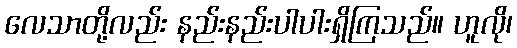
လေသာတို့လည်း နည်းနည်းပါပါးရှိကြသည်။ ဟူလို၊